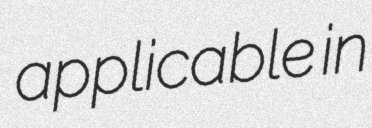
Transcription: applicable in